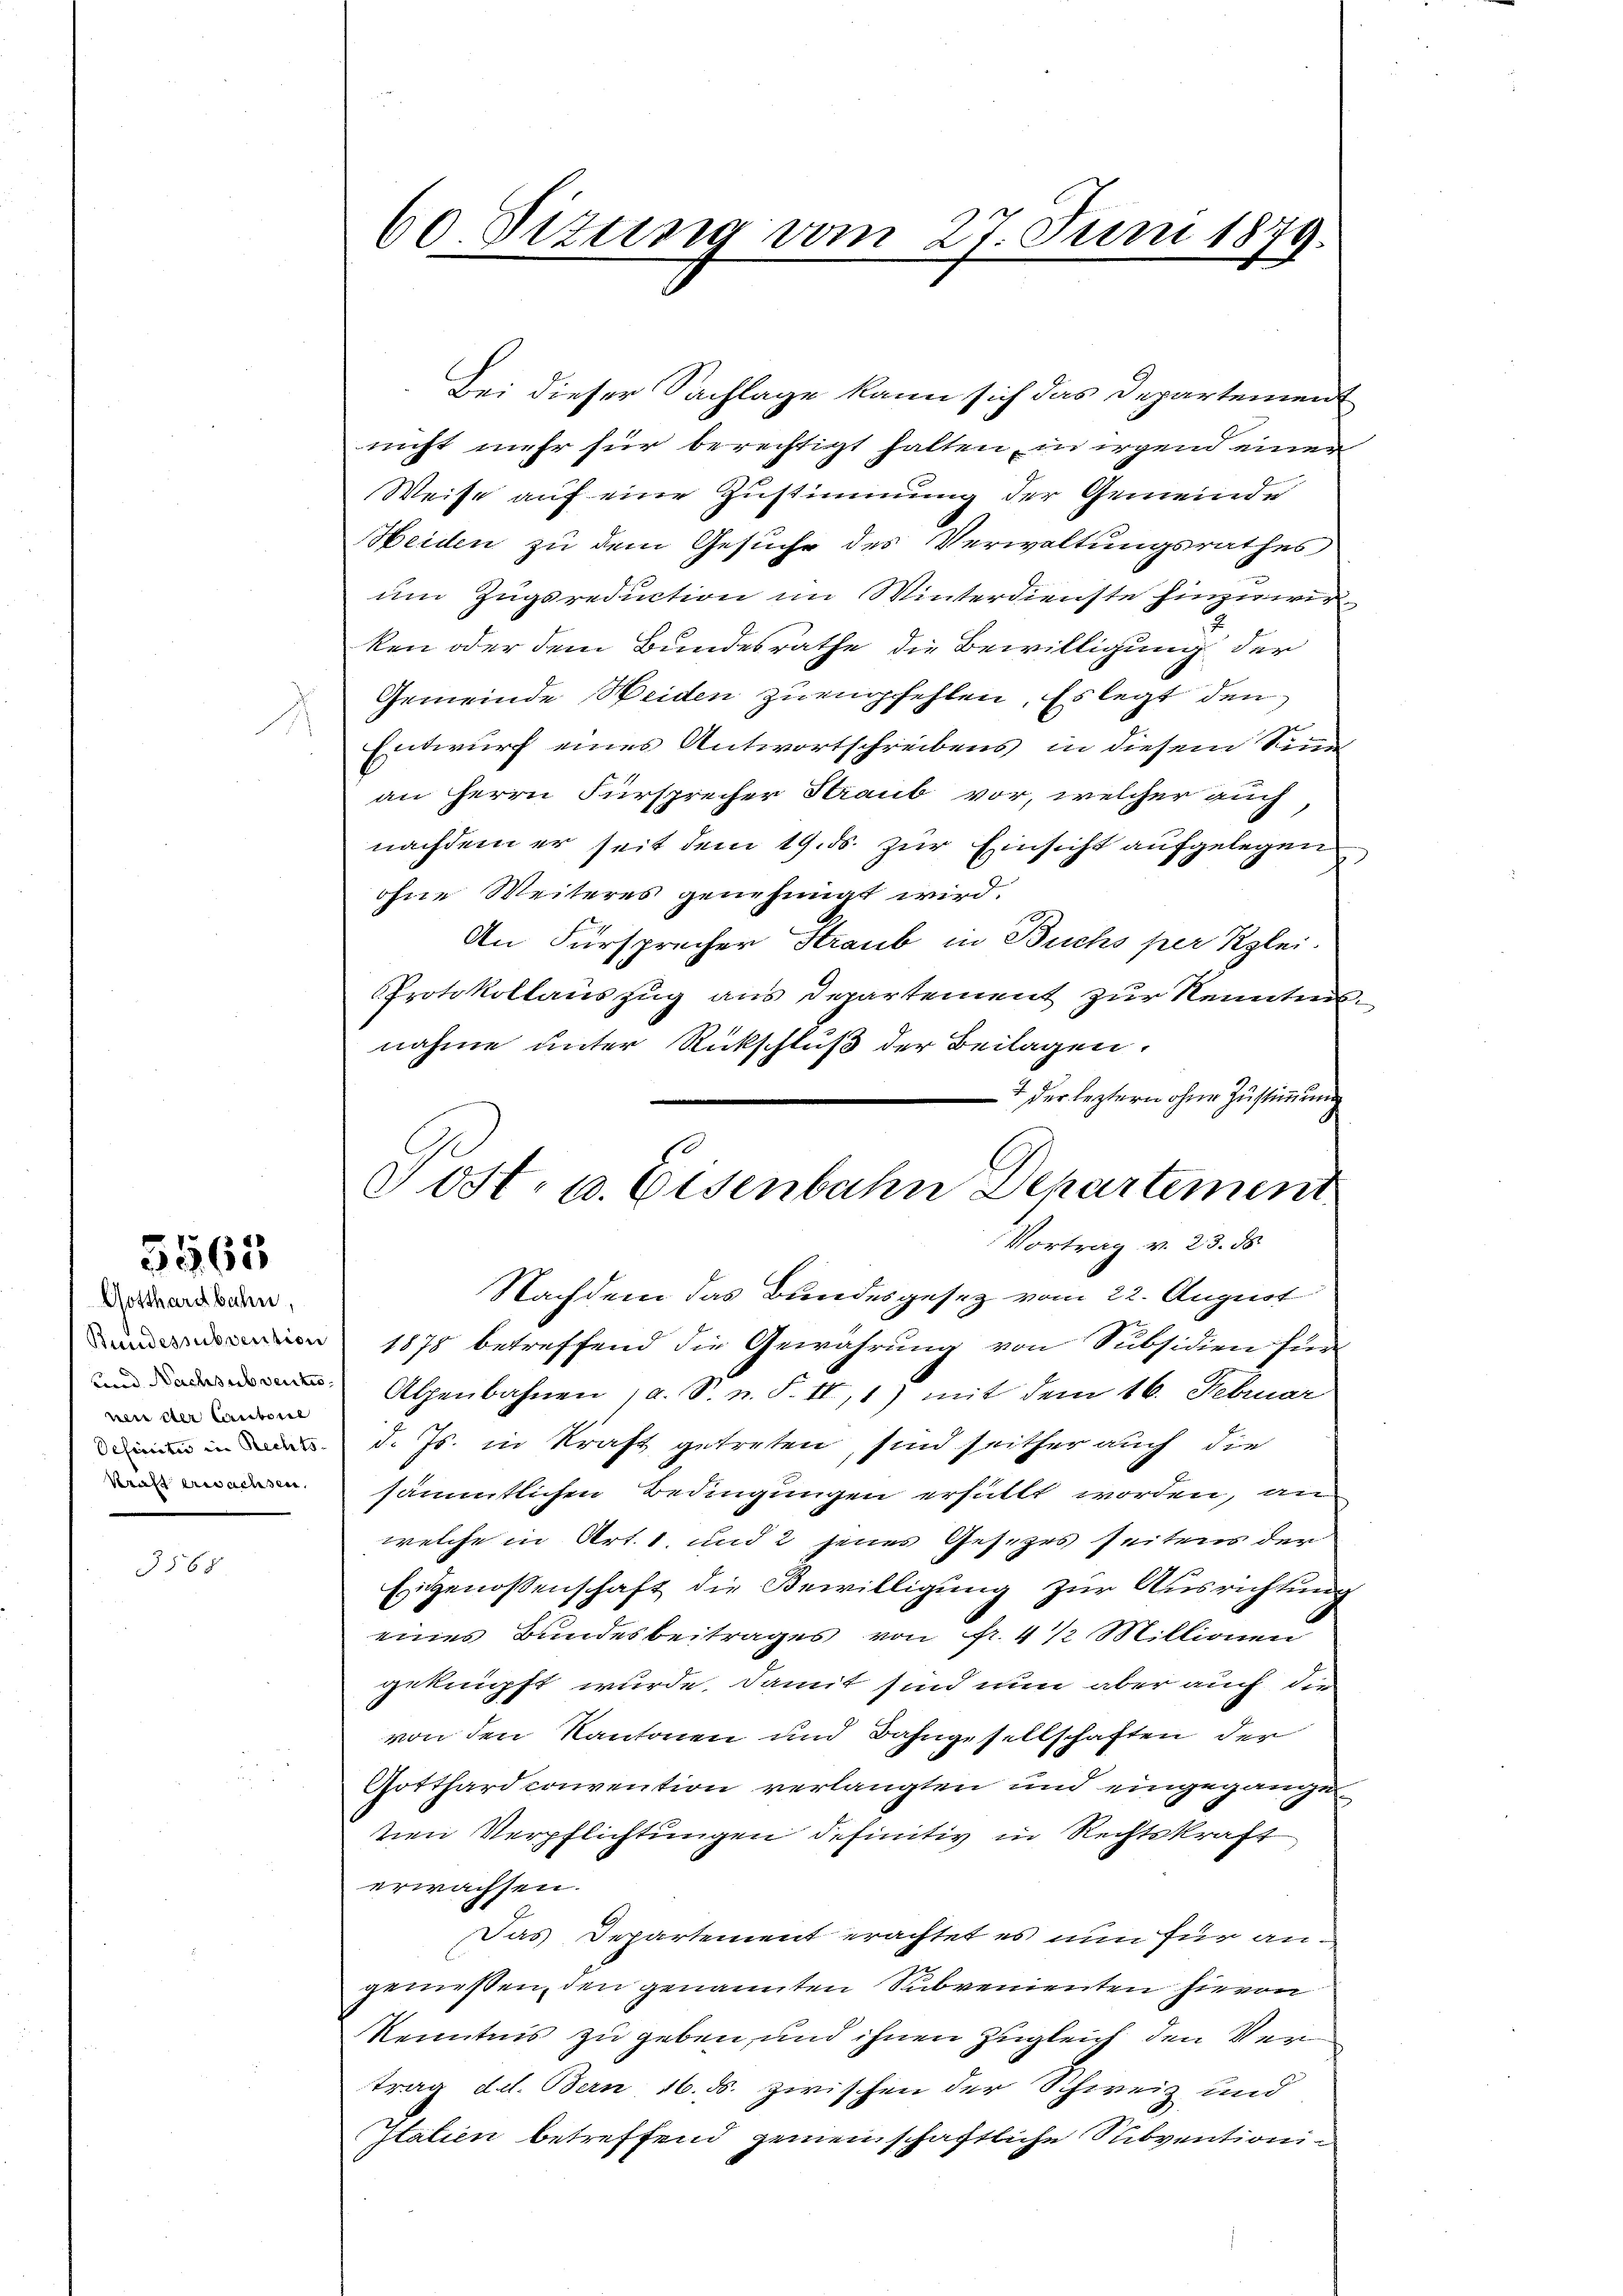
5565
Gotthardbahn,

Bei dieser Sachlage kann sich das Departement
nicht mehr für berechtigt halten, in irgend einer
Weise auf eine Zustimmung der Gemeinde
Heiden zu dem Gesuche des Verwaltungsrathes
um Zugsreduction im Winterdienste hinzuwir
ken oder dem Bundesrathe die Bewilligung der
Gemeinde Weiden zu empfehlen, Es legt den
Entwurf eines Antwortschreibens in diesem Sinn
an Herrn Fürsprecher Straub vor, welcher auch
nachdem er seit dem 19. ds. zur Einsicht aufgelegen
ohne Weiteres genehmigt wird.
An Fürsprecher Straub in Buchs per Klei-
Protokollauszug aus Departement zur Kenntnisnahme unter Rückschluß der Beilagen.
4 der leztern ohne Zustimmung
Nachdem das Bundesgesetz vom 22. August
n 1878 betreffend die Gewährung von Subsidien für
n Athenbahnen , a. S. n. F. II, 1) mit dem 16. Februar
d. Js. in Kraft getreten, sind seither auch die
 sämmtlichen Bedingungen erfällt worden, an-
welche in Art. 1. und 2 jenes Gesezes seitens der
Eigenossenschaft die Bewilligung zur Ausrichtung
eines Bundesbeitrages von Fr. 4 1/2 Millionen
geknüpft wurde, damit sind nun aber auch die
von den Kantonen und Bahngesellschaften der
Gotthardconvention verlangten und eingegangen
tien Verpflichtungen definitiv in Rechtskraft
erwachsen.
Das Departement erachtet es nun für angemessen, den genannten Subvenienten hievon
Kenntnis zu geben, und ihnen Zugleich den Vertrag d d. Bern 16. ds. zwischen der Schweiz und
Italien betreffend gemeinschaftliche Subventioni

nen der Cantone

188

60 Titung vom 27. Juni 1879.

Post- u. Eisenbahn Departement
Vortrag v. 23. ds